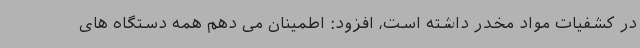
در کشفیات مواد مخدر داشته است، افزود: اطمینان می دهم همه دستگاه های